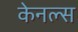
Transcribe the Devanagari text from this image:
केनल्स